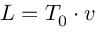
L = T _ { 0 } \cdot v